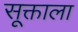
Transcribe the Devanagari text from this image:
सूक्ताला